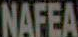
NAFEA